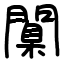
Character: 闑